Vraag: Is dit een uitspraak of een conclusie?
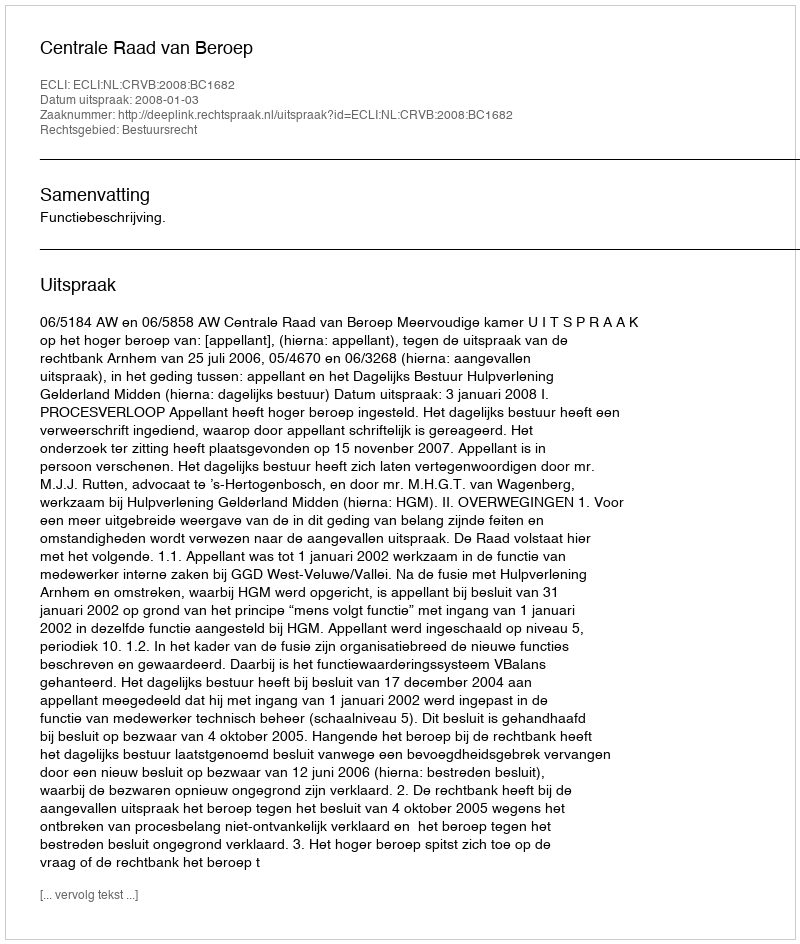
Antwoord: Uitspraak